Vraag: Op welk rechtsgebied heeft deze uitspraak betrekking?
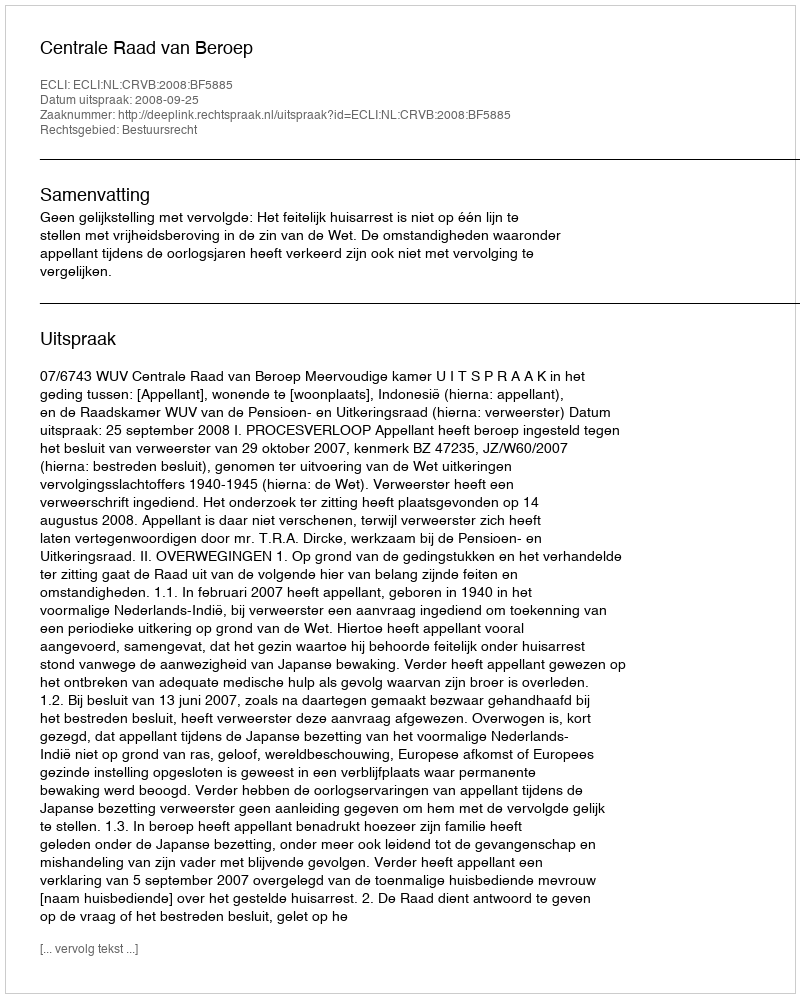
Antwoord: Bestuursrecht